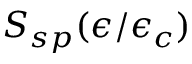
S _ { s p } ( \epsilon / \epsilon _ { c } )